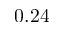
0 . 2 4